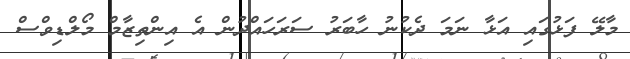
މާލޭ ފަޅުގައި އަޅާ ނަމަ ދެކުނު ހާބަރު ސަރަހައްދުން އެ އިންތިޒާމް މޯލްޑިވްސް